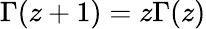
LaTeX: \Gamma(z+1)=z\Gamma(z)